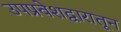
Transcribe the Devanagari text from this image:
उपप्रवेशद्वारातून